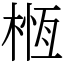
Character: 㮓